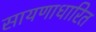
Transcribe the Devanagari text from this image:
सायणाधारित